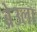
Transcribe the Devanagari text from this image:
ब्रेउला